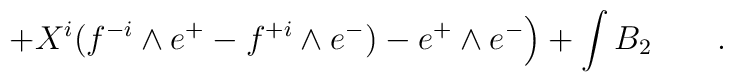
+ X^i (f^{-i} \wedge e^{+}- f^{+i} \wedge e^{-}) - e^{+} \wedge e^{-}\Big) + \int B_2 \qquad .